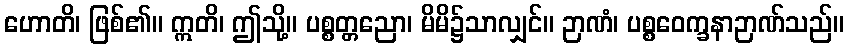
ဟောတိ၊ ဖြစ်၏။ ဣတိ၊ ဤသို့။ ပစ္စတ္တညော၊ မိမိ၌သာလျှင်။ ဉာဏံ၊ ပစ္စဝေက္ခနာဉာဏ်သည်။